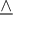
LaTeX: \underline { { \land } }